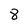
Character: 8